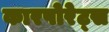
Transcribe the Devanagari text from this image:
कारपोरेट्स